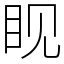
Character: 𪾢